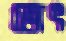
জেৎ